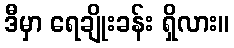
ဒီမှာ ရေချိုးခန်း ရှိလား။